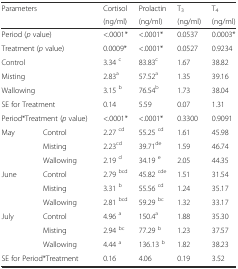
<table><thead><tr><td rowspan="2" colspan="2"><b>Parameters</b></td><td><b>Cortisol</b></td><td><b>Prolactin</b></td><td><b>T<sub>3</sub></b></td><td><b>T<sub>4</sub></b></td></tr><tr><td><b>(ng/ml)</b></td><td><b>(ng/ml)</b></td><td><b>(ng/ml)</b></td><td><b>(ng/ml)</b></td></tr></thead><tbody><tr><td colspan="2">Period (<i>p</i> value)</td><td>&lt;.0001*</td><td>&lt;.0001*</td><td>0.0537</td><td>0.0003*</td></tr><tr><td colspan="2">Treatment (<i>p</i> value)</td><td>0.0009*</td><td>&lt;.0001*</td><td>0.0527</td><td>0.9234</td></tr><tr><td colspan="2">Control</td><td>3.34 <sup>c</sup></td><td>83.83<sup>c</sup></td><td>1.67</td><td>38.82</td></tr><tr><td colspan="2">Misting</td><td>2.83<sup>a</sup></td><td>57.52<sup>a</sup></td><td>1.35</td><td>39.16</td></tr><tr><td colspan="2">Wallowing</td><td>3.15 <sup>b</sup></td><td>76.54<sup>b</sup></td><td>1.73</td><td>38.04</td></tr><tr><td colspan="2">SE for Treatment</td><td>0.14</td><td>5.59</td><td>0.07</td><td>1.31</td></tr><tr><td colspan="2">Period*Treatment (<i>p</i> value)</td><td>&lt;.0001*</td><td>&lt;.0001*</td><td>0.3300</td><td>0.9091</td></tr><tr><td>May</td><td>Control</td><td>2.27 <sup>cd</sup></td><td>55.25 <sup>cd</sup></td><td>1.61</td><td>45.98</td></tr><tr><td></td><td>Misting</td><td>2.23<sup>cd</sup></td><td>39.71<sup>de</sup></td><td>1.59</td><td>46.74</td></tr><tr><td></td><td>Wallowing</td><td>2.19 <sup>d</sup></td><td>34.19 <sup>e</sup></td><td>2.05</td><td>44.35</td></tr><tr><td>June</td><td>Control</td><td>2.79 <sup>bcd</sup></td><td>45.82 <sup>cde</sup></td><td>1.51</td><td>31.54</td></tr><tr><td></td><td>Misting</td><td>3.31 <sup>b</sup></td><td>55.56 <sup>cd</sup></td><td>1.24</td><td>35.17</td></tr><tr><td></td><td>Wallowing</td><td>2.81 <sup>bcd</sup></td><td>59.29 <sup>bc</sup></td><td>1.32</td><td>33.17</td></tr><tr><td>July</td><td>Control</td><td>4.96 <sup>a</sup></td><td>150.4<sup>a</sup></td><td>1.88</td><td>35.30</td></tr><tr><td></td><td>Misting</td><td>2.94 <sup>bc</sup></td><td>77.29 <sup>b</sup></td><td>1.23</td><td>37.57</td></tr><tr><td></td><td>Wallowing</td><td>4.44 <sup>a</sup></td><td>136.13 <sup>b</sup></td><td>1.82</td><td>38.23</td></tr><tr><td colspan="2">SE for Period*Treatment</td><td>0.16</td><td>4.06</td><td>0.19</td><td>3.52</td></tr></tbody></table>